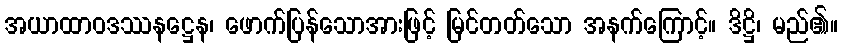
အယာထာဝဒဿနဋ္ဌေန၊ ဖောက်ပြန်သောအားဖြင့် မြင်တတ်သော အနက်ကြောင့်။ ဒိဋ္ဌိ၊ မည်၏။